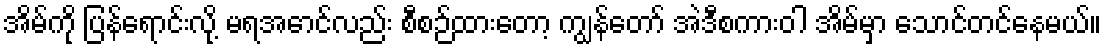
အိမ်ကို ပြန်ရောင်းလို့ မရအောင်လည်း စီစဉ်ထားတော့ ကျွန်တော် အဲဒီစကားဝါ အိမ်မှာ သောင်တင်နေမယ်။